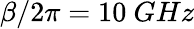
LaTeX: \beta/2\pi=10~GHz